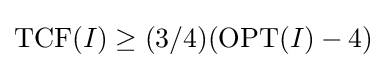
\mathrm {TCF} (I)\geq (3/4)(\mathrm {OPT} (I)-4)